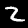
Digit: 2